Civil Veterinary Dept. North-West Frontier Province 1923-32 - 1923-1932
Year: 1923
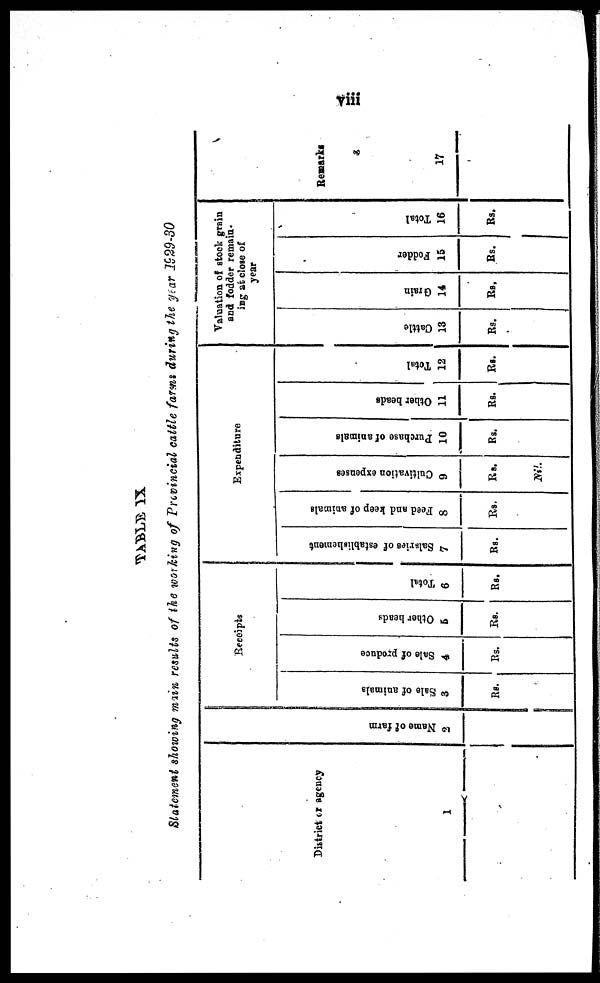
viii
TABLE
IX
Statement showing main results of the working of Provincial cattle farms during the year 2929-30
District or agency
1
Na me of f ar m
2
Receipts
Sale of animals
3
Rs.
Sale of produce
4
Rs.
Other heads
5
Rs.
Total
6
Rs.
Expenditure
Salaries
of establishement
7
Rs.
Feed and keep of animals
8
Rs.
Cultivation expenses
9
Rs.
Nil.
Purchase of animals
10
Rs.
Other beads
11
Rs.
Total
12
Rs.
Valuation of stock grain
and fodder remain-
ing at close of
year
Cattle
13
Rs.
Grain
14
Rs.
Fodder
15
Rs.
Total
16
Rs.
Remarks
17